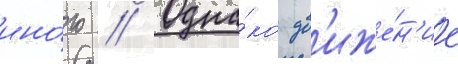
ино́го // Одна́ко дв'иже́н'ие